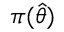
\pi ( { \widehat { \theta } } )